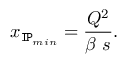
x _ { { \tt I \! P } _ { m i n } } = \frac { Q ^ { 2 } } { \beta \ s } .